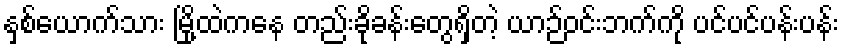
နှစ်ယောက်သား မြို့ထဲကနေ တည်းခိုခန်းတွေရှိတဲ့ ယာဉ်ဝင်းဘက်ကို ပင်ပင်ပန်းပန်း